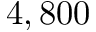
4 , 8 0 0